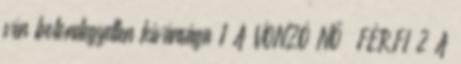
vén bolondegyetlen kívánsága 1 A VONZÓ NŐ FÉRFI 2 A